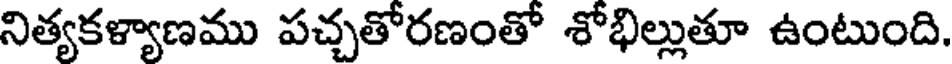
నిత్యకళ్యాణము పచ్చతోరణంతో శోభిల్లుతూ ఉంటుంది.